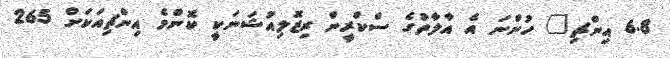
6.8 އިންޗި" ހުންނަ އެ އާލާތުގެ ސްކްރީން ރިޒޮލިއުޝަނަކީ ކޮންމެ އިންޗިއަކަށް 265